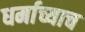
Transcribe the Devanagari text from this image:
धर्माच्याच